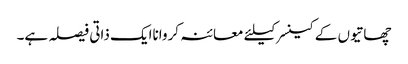
چھاتیوں کے کینسرکیلئے معائنہ کرواناایک ذاتی فیصلہ ہے۔